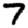
Digit: 7